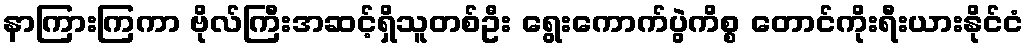
နာကြားကြကာ ဗိုလ်ကြီးအဆင့်ရှိသူတစ်ဦး ရွေးကောက်ပွဲကိစ္စ တောင်ကိုးရီးယားနိုင်ငံ